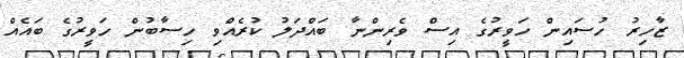
ޒާހިރު ހުސައިން ހަވީރުގެ އިސް ވެރިންނާ ބައްދަލު ކުރެއްވި ހިސާބުން ހަވީރުގެ ބައެއް